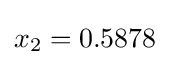
x_{2}=0.5878